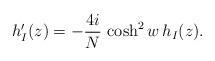
LaTeX: \begin{align*}h_I'(z)=-\frac{4i}{N}\,\cosh^2 w\,h_I(z).\end{align*}